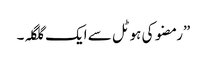
”رمضو کی ہوٹل سے ایک گلگلہ۔